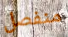
منفصل